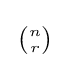
{\begin{smallmatrix}{\binom {n}{r}}\end{smallmatrix}}